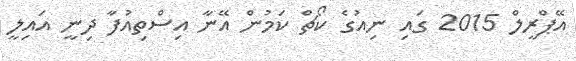
އޭޕްރީލް 2015 ގައި ނިއުގެ ކޯޗް ކަމުން އޭނާ އިސްތިއުފާ ދިނީ އައިލީ